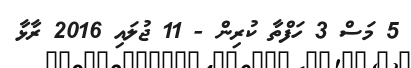
5 މަސް 3 ހަފްތާ ކުރިން - 11 ޖުލައި 2016 ރާޅާ